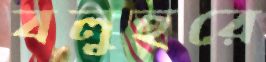
বলুহরে